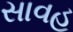
સાવહ